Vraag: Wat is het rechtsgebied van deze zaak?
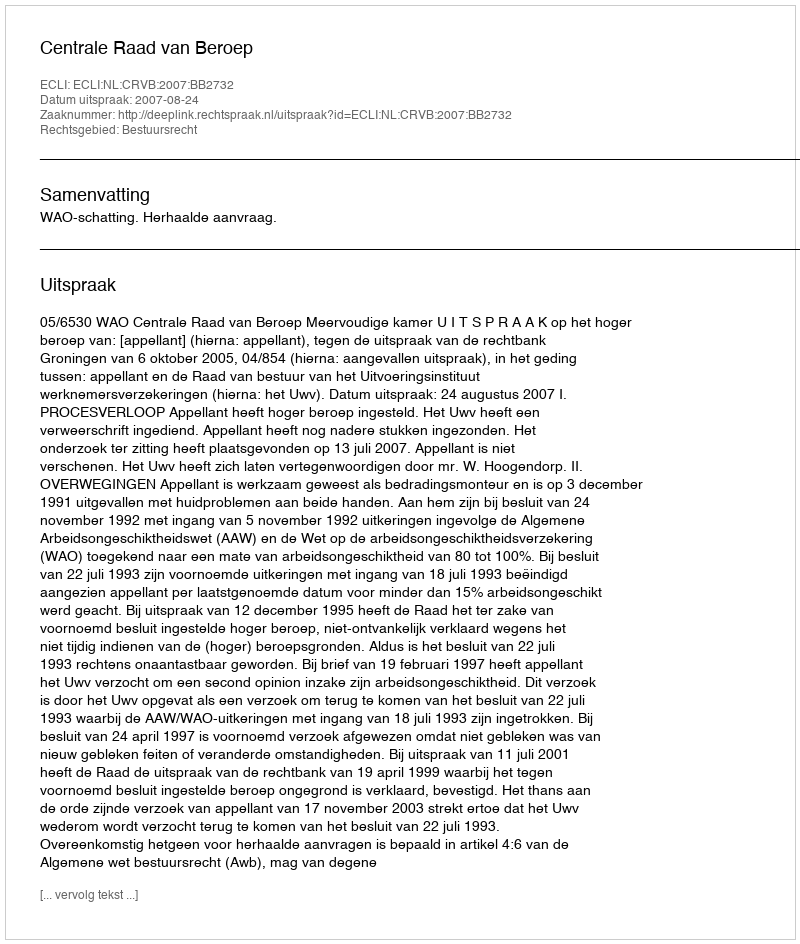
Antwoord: Bestuursrecht